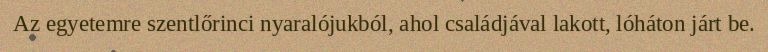
Az egyetemre szentlőrinci nyaralójukból, ahol családjával lakott, lóháton járt be.